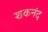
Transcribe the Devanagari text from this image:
शकनंद